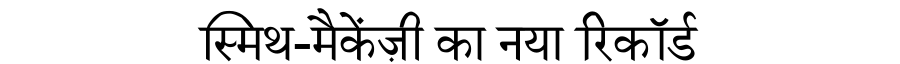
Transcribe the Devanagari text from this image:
स्मिथ-मैकेंज़ी का नया रिकॉर्ड